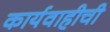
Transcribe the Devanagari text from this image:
कार्यवाहीची